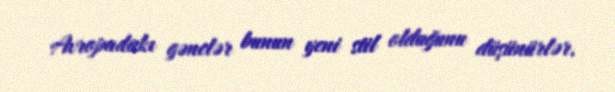
Avropadakı gənclər bunun yeni stil olduğunu düşünürlər.